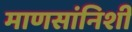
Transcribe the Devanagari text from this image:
माणसांनिशी